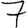
Digit: 7